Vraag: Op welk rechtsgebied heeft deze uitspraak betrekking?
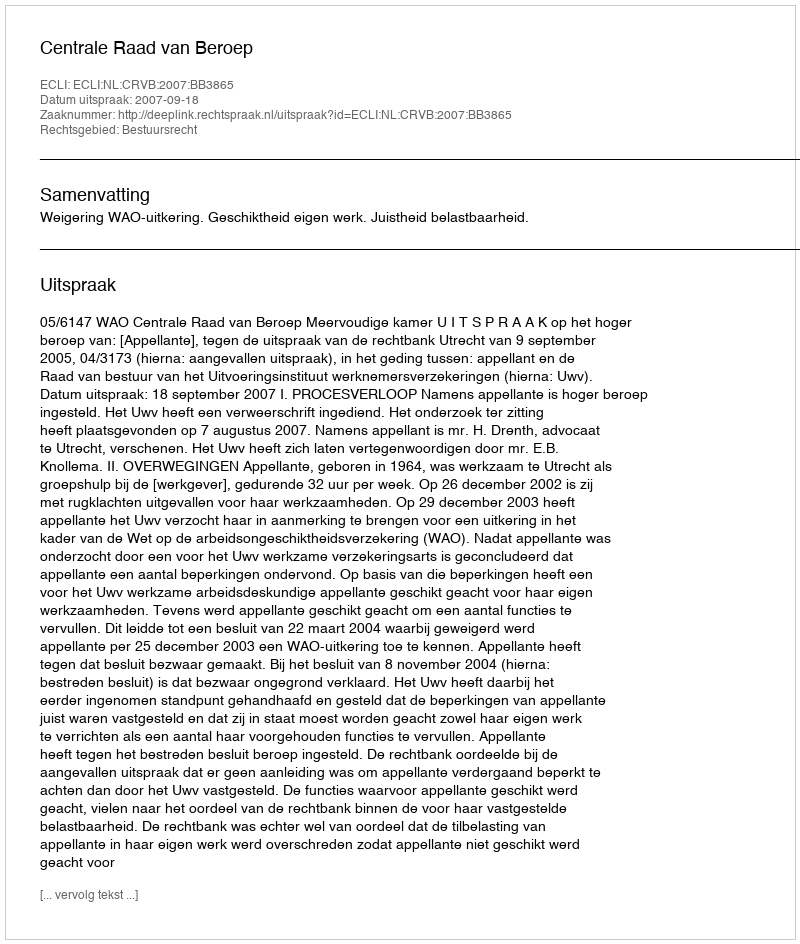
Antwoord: Bestuursrecht